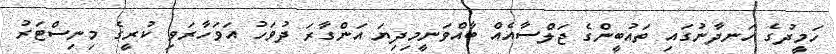
ހަމީދުގެ ހަނދާނުގައި ތައުބީންގެ ޖަލްސާއެއް ބާއްވަނީމިދިޔަ އަންގާރަ ދުވަހު އަވަހާރަވި ކުރީގެ މިނިސްޓަރު